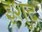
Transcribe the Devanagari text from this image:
इशुद